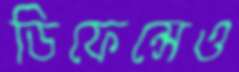
ডিফেন্সেও